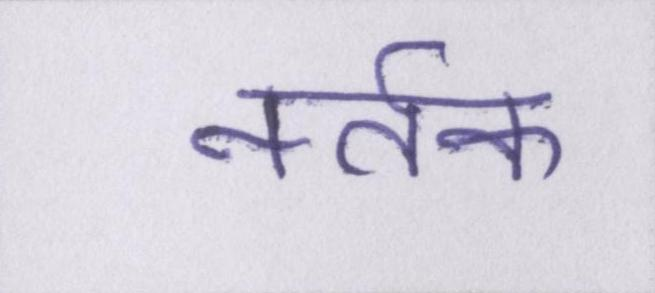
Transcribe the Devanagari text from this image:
नर्तक